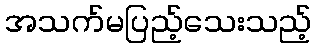
အသက်မပြည့်သေးသည့်